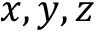
x , y , z